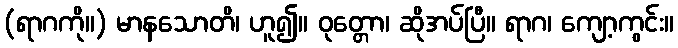
(ရာဂကို။) မာနသောတိ၊ ဟူ၍။ ဝုတ္တော၊ ဆိုအပ်ပြီ။ ရာဂ၊ ကျော့ကွင်း။